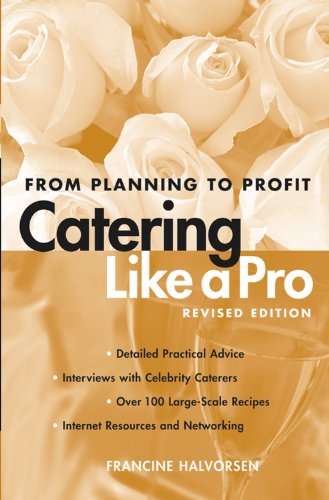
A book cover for Catering Like a Pro Revised Edition: From Planning to Profit; Francine Halvorsen; Cookbooks, Food & Wine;